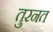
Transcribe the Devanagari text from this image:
तुरनत